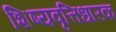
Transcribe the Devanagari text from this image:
शिष्यवृत्तिधारक